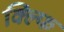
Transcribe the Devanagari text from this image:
क्ल्फि